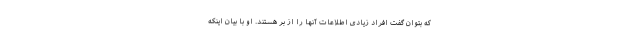
که بتوان گفت افراد زیادی اطلاعات آنها را از بر هستند. او با بیان اینکه